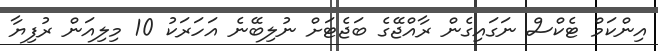
އިންކަމް ޓެކްސް ނަގައިގެން ރާއްޖޭގެ ބަޖެޓަށް ނުލިބޭނެ އަހަރަކު 10 މިލިއަން ރުފިޔާ